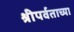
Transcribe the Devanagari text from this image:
श्रीपर्वताच्या